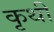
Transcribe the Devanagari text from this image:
कृथी